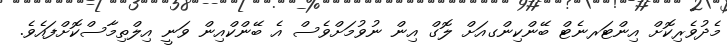
މެދުވެރިކޮށް އިންޓަރނެޓް ބޭންކިންގއަށް ލޮގް އިން ނުވުމަށްވެސް އެ ބޭންކްއިން ވަނީ އިލްތިމާސްކޮށްފައެވެ.